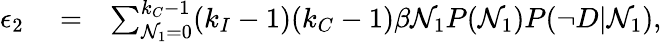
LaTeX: \begin{array}{rlr}{\epsilon_{2}}&{{}=}&{\sum_{\mathcal{N}_{1}=0}^{k_{C}-1}(k_{I}-1)(k_{C}-1)\beta\mathcal{N}_{1}P(\mathcal{N}_{1})P(\neg D|\mathcal{N}_{1}),}\end{array}